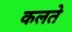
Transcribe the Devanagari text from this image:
कलते